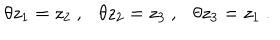
\theta z _ { 1 } = z _ { 2 } ~ , \theta z _ { 2 } = z _ { 3 } ~ , \theta z _ { 3 } = z _ { 1 } ~ .